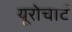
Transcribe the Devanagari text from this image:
यूरोचार्ट